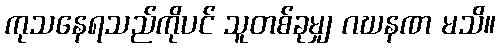
ကုသနေရသည်ကိုပင် သူတစ်ခုမျှ ဂဃနဏ မသိ။